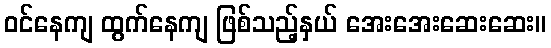
ဝင်နေကျ ထွက်နေကျ ဖြစ်သည့်နှယ် အေးအေးဆေးဆေး။